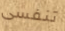
تنفسى